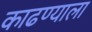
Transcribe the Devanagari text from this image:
काढण्याला